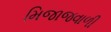
મિજાજવાળી